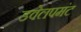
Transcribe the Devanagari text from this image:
डवेलपमंट